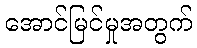
အောင်မြင်မှုအတွက်